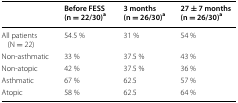
<table><thead><tr><td></td><td><b>Before FESS (n = 22/30)<sup>a</sup></b></td><td><b>3 months (n = 26/30)<sup>a</sup></b></td><td><b>27 ± 7 months (n = 26/30)<sup>a</sup></b></td></tr></thead><tbody><tr><td>All patients (N = 22)</td><td>54.5 %</td><td>31 %</td><td>54 %</td></tr><tr><td>Non-asthmatic</td><td>33 %</td><td>37.5 %</td><td>43 %</td></tr><tr><td>Non-atopic</td><td>42 %</td><td>37.5 %</td><td>36 %</td></tr><tr><td>Asthmatic</td><td>67 %</td><td>62.5</td><td>57 %</td></tr><tr><td>Atopic</td><td>58 %</td><td>62.5</td><td>64 %</td></tr></tbody></table>